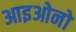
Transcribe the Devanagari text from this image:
आइओनो